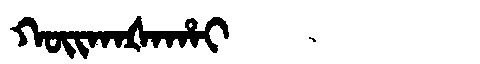
Manchu: ᡴᠣᡳᡴᠠᡧᠠᡥᠠᡳ
Romanization: KOIKAŠAHAI